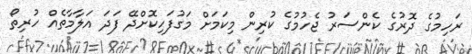
ރަހިމުގެ ދޮރުގެ ކެންސަރު ޖެހުމުގެ ކުރިން މިކަމަށް މަގުފަހިކޮށްދޭ ފަދަ އަލާމާތެއް ހުރިތޯ